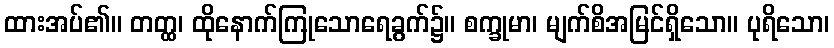
ထားအပ်၏။ တတ္ထ၊ ထိုနောက်ကြုသောရေခွက်၌။ စက္ခုမာ၊ မျက်စိအမြင်ရှိသော။ ပုရိသော၊